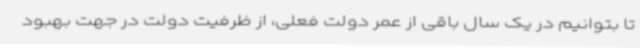
تا بتوانیم در یک سال باقی از عمر دولت فعلی، از ظرفیت دولت در جهت بهبود